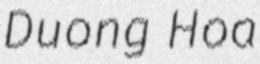
Duong Hoa